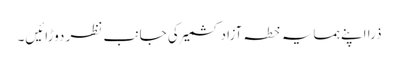
ذرا اپنے ہمسایہ خطہ آزاد کشمیر کی جانب نظر دوڑائیں۔